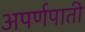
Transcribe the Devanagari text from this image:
अपर्णपाती